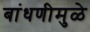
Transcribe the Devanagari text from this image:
बांधणीमुळे